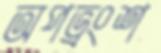
অপভ্রংশ